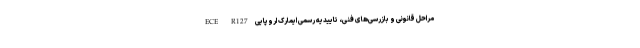
مراحل قانونی و بازرسی‌های فنی، تاییدیه رسمی ایمارک اروپایی ECE R127